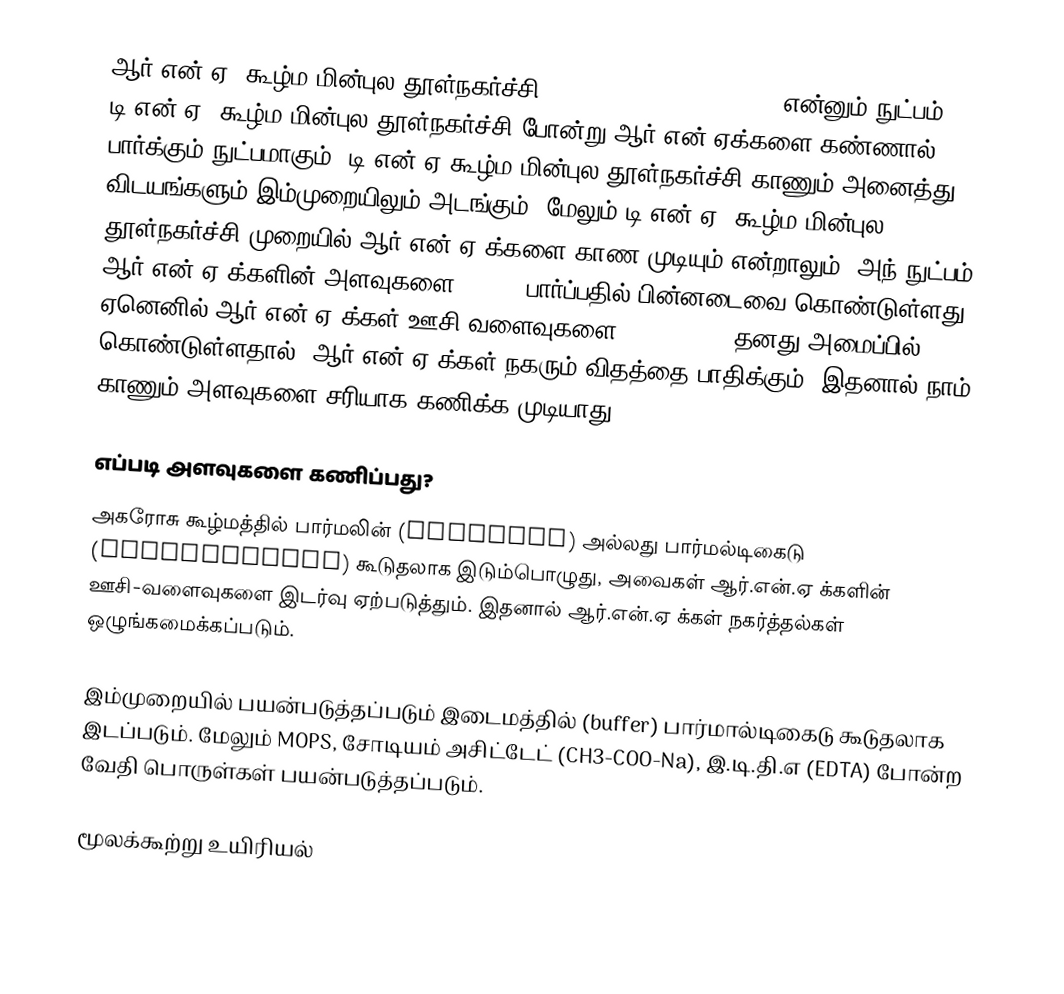
ஆர்.என்.ஏ. கூழ்ம மின்புல தூள்நகர்ச்சி (RNA gel electrophoresis) என்னும் நுட்பம் டி.என்.ஏ. கூழ்ம மின்புல தூள்நகர்ச்சி போன்று ஆர்.என்.ஏக்களை கண்ணால் பார்க்கும் நுட்பமாகும். டி.என்.ஏ கூழ்ம மின்புல தூள்நகர்ச்சி காணும் அனைத்து விடயங்களும் இம்முறையிலும் அடங்கும். மேலும் டி.என்.ஏ. கூழ்ம மின்புல தூள்நகர்ச்சி முறையில் ஆர்.என்.ஏ க்களை காண முடியும் என்றாலும், அந் நுட்பம் ஆர்.என்.ஏ.க்களின் அளவுகளை (size) பார்ப்பதில் பின்னடைவை கொண்டுள்ளது. ஏனெனில் ஆர்.என்.ஏ க்கள் ஊசி-வளைவுகளை (stem-loop) தனது அமைப்பில் கொண்டுள்ளதால், ஆர்.என்.ஏ.க்கள் நகரும் விதத்தை பாதிக்கும். இதனால் நாம் காணும் அளவுகளை சரியாக கணிக்க முடியாது.

எப்படி அளவுகளை கணிப்பது?
அகரோசு  கூழ்மத்தில் பார்மலின் (formalin) அல்லது பார்மல்டிகைடு  (formaldehyde) கூடுதலாக இடும்பொழுது, அவைகள் ஆர்.என்.ஏ க்களின் ஊசி-வளைவுகளை இடர்வு ஏற்படுத்தும். இதனால் ஆர்.என்.ஏ க்கள் நகர்த்தல்கள் ஒழுங்கமைக்கப்படும்.

இம்முறையில் பயன்படுத்தப்படும் இடைமத்தில் (buffer) பார்மால்டிகைடு கூடுதலாக இடப்படும். மேலும் MOPS, சோடியம் அசிட்டேட் (CH3-COO-Na), இ.டி.தி.எ (EDTA) போன்ற வேதி பொருள்கள் பயன்படுத்தப்படும்.

மூலக்கூற்று உயிரியல்